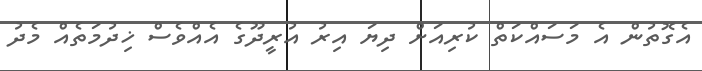
އެގޮތުން އެ މަސައްކަތް ކުރިއަށް ދިޔަ އިރު އުރީދޫގެ އެއްވެސް ޚިދުމަތެއް މެދު